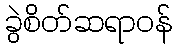
ခွဲစိတ်ဆရာဝန်